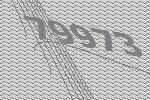
79973